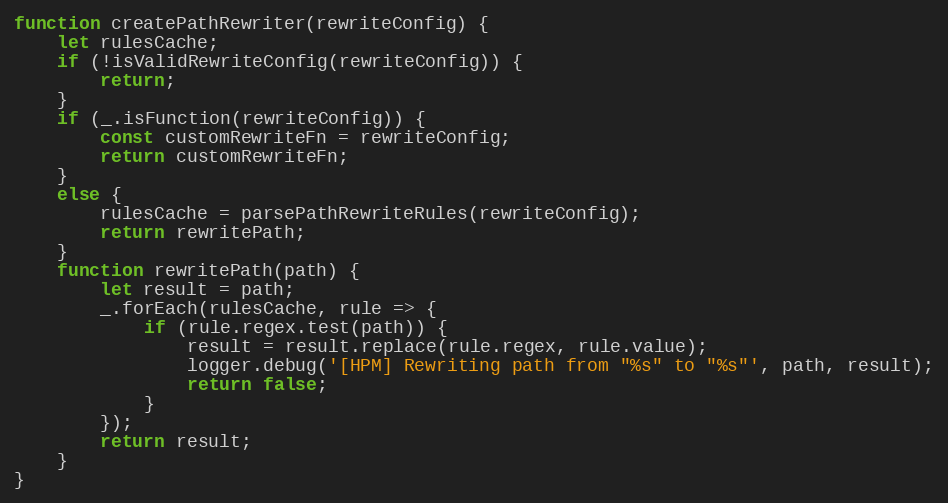
Language: JavaScript
function createPathRewriter(rewriteConfig) {
    let rulesCache;
    if (!isValidRewriteConfig(rewriteConfig)) {
        return;
    }
    if (_.isFunction(rewriteConfig)) {
        const customRewriteFn = rewriteConfig;
        return customRewriteFn;
    }
    else {
        rulesCache = parsePathRewriteRules(rewriteConfig);
        return rewritePath;
    }
    function rewritePath(path) {
        let result = path;
        _.forEach(rulesCache, rule => {
            if (rule.regex.test(path)) {
                result = result.replace(rule.regex, rule.value);
                logger.debug('[HPM] Rewriting path from "%s" to "%s"', path, result);
                return false;
            }
        });
        return result;
    }
}